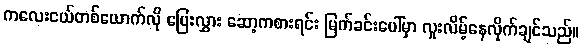
ကလေးငယ်တစ်ယောက်လို ပြေးလွှား ဆော့ကစားရင်း မြက်ခင်းပေါ်မှာ လူးလိမ့်နေလိုက်ချင်သည်။